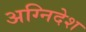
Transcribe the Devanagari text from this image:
अग्निदेश